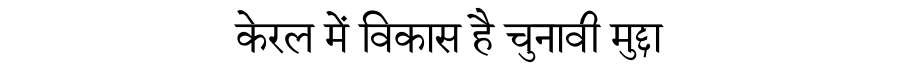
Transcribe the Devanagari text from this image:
केरल में विकास है चुनावी मुद्दा